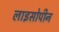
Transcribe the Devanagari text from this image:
लाइसोपीन